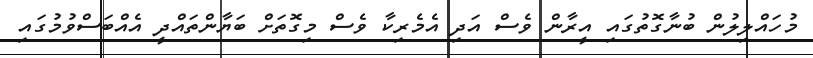
މުހައްލިލުން ބުނާގޮތުގައި އީރާން ވެސް އަދި އެމެރިކާ ވެސް މިގޮތަށް ބަޔާންތައްދީ އެއްބަސްވުމުގައި